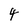
Character: 4